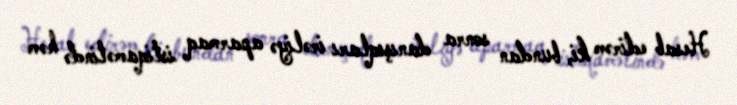
Hesab edirəm ki, bundan sonra danışıqları irəliyə aparmaq istiqamətində həm